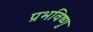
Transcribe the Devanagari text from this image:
प्रभविष्णु